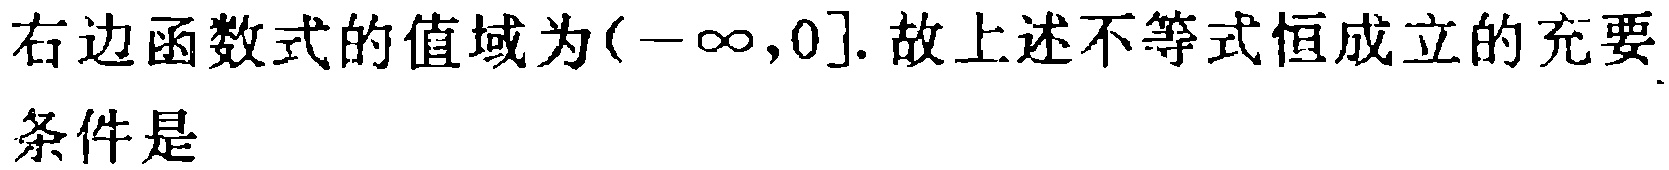
右边函数式的值域为\((-\infty,0]\). 故上述不等式恒成立的充要条件是